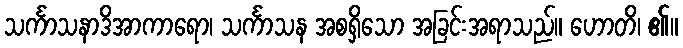
သင်္ကာသနာဒိအာကာရော၊ သင်္ကာသန အစရှိသော အခြင်းအရာသည်။ ဟောတိ၊ ၏။